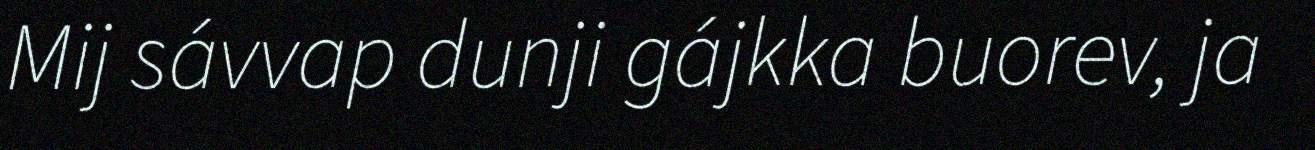
Mij sávvap dunji gájkka buorev, ja